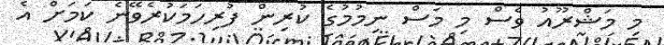
މި މަޝްރޫއު ވެސް މި މަަސް ނިމުމުގެ ކުރިން ފުރިހަމަކުރެވޭނެ ކަމަށް އެ